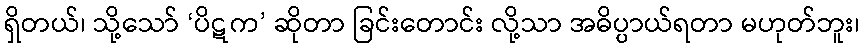
ရှိတယ်၊ သို့သော် ‘ပိဋက’ ဆိုတာ ခြင်းတောင်း လို့သာ အဓိပ္ပာယ်ရတာ မဟုတ်ဘူး၊